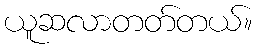
ယူဆလာတတ်တယ်။